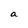
Character: a